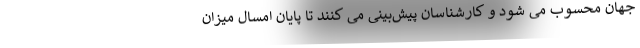
جهان محسوب می شود و کارشناسان پیش‌بینی می کنند تا پایان امسال میزان